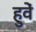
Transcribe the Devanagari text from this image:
हुवें